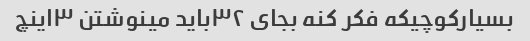
بسیارکوچیکه فکر کنه بجای ۳۲باید مینوشتن ۳اینچ